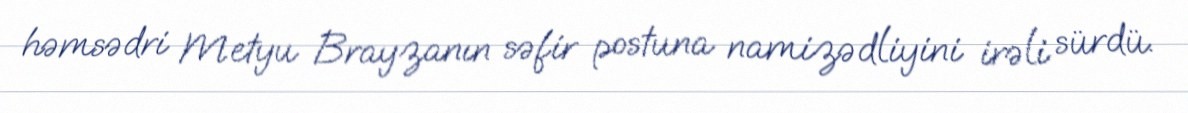
həmsədri Metyu Brayzanın səfir postuna namizədliyini irəli sürdü.